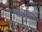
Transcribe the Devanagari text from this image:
चौंफुला